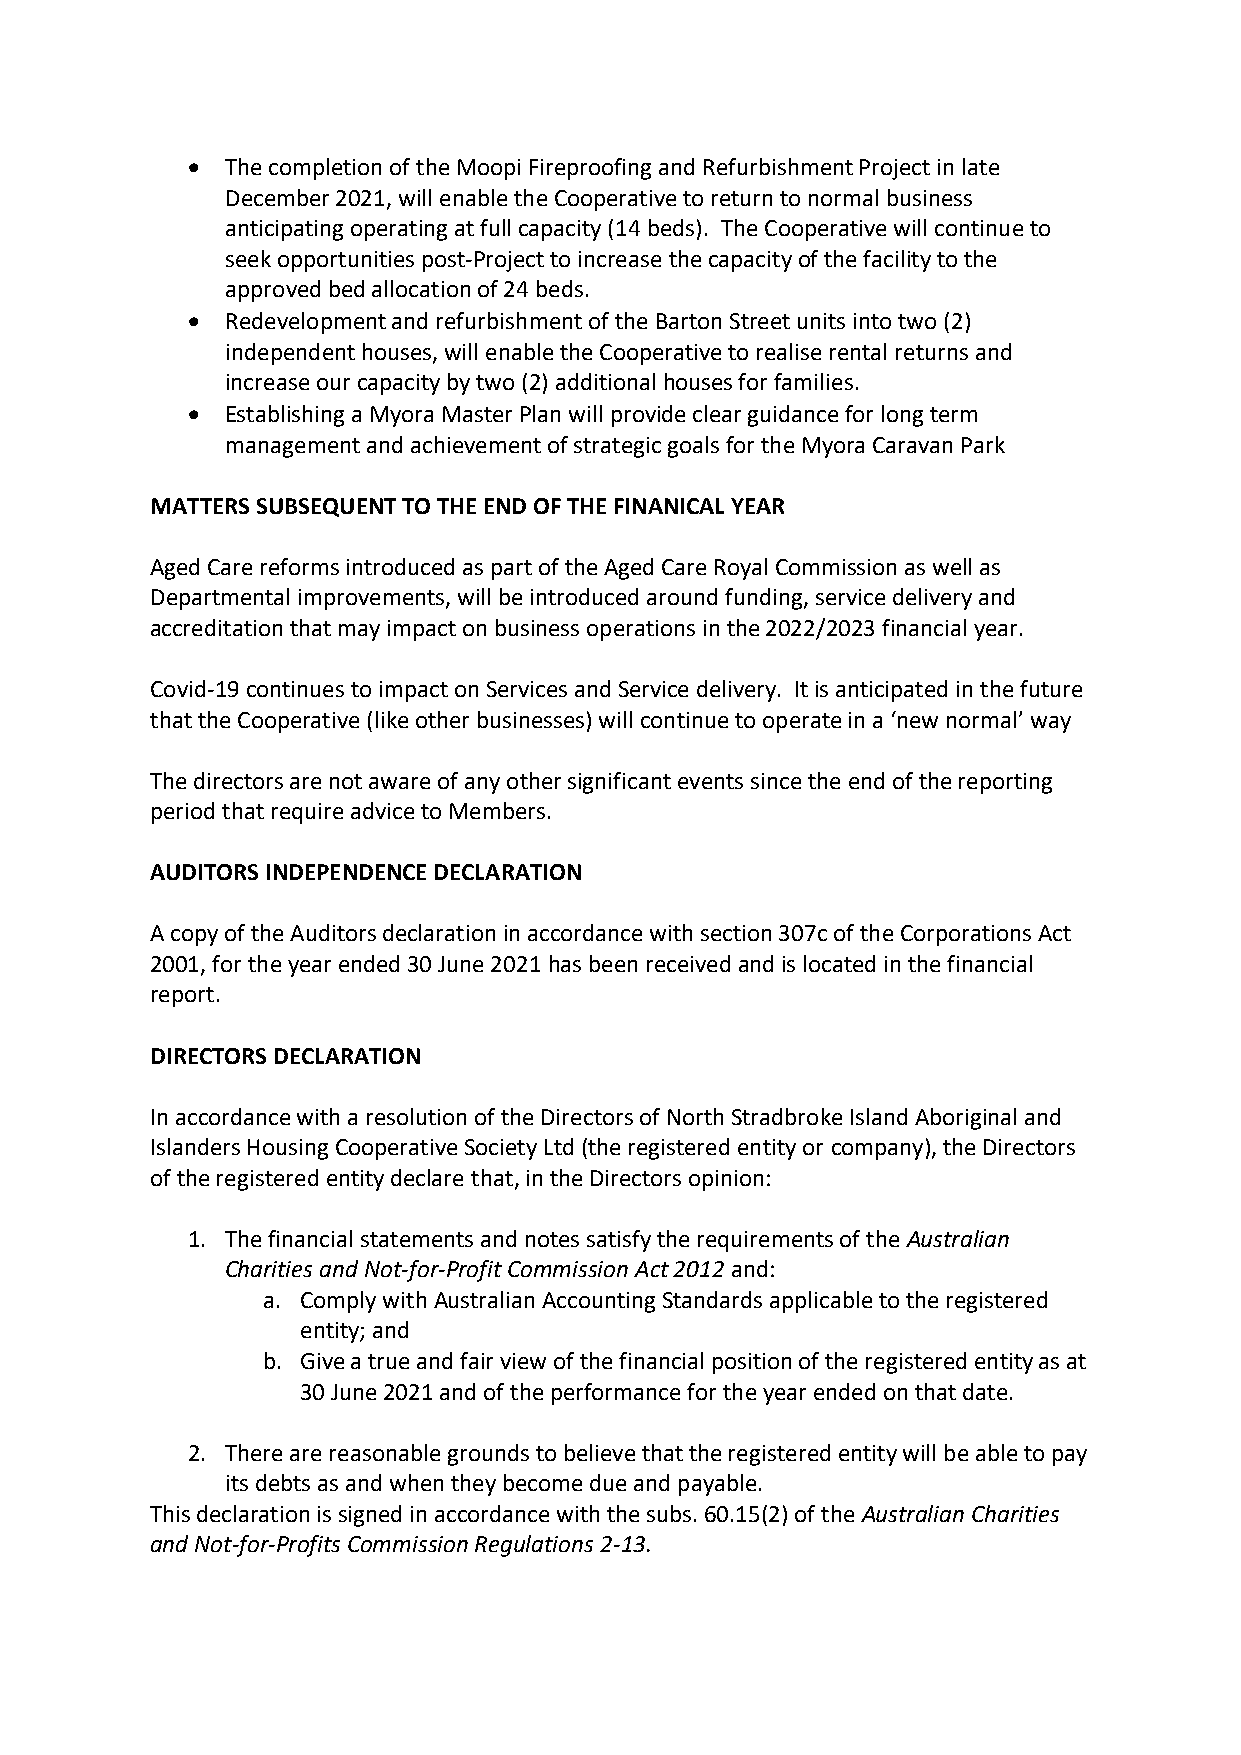
•  The completion of the Moopi Fireproofing and Refurbishment Project in late
 December 2021, will enable the Cooperative to return to normal business
 anticipating operating at full capacity (14 beds). The Cooperative will continue to
 seek opportunities post-Project to increase the capacity of the facility to the
 approved bed allocation of 24 beds.
 •  Redevelopment and refurbishment of the Barton Street units into two (2)
 independent houses, will enable the Cooperative to realise rental returns and
 increase our capacity by two (2) additional houses for families.
 •  Establishing a Myora Master Plan will provide clear guidance for long term
 management and achievement of strategic goals for the Myora Caravan Park
 MATTERS SUBSEQUENT TO THE END OF THE FINANICAL YEAR
 Aged Care reforms introduced as part of the Aged Care Royal Commission as well as
 Departmental improvements, will be introduced around funding, service delivery and
 accreditation that may impact on business operations in the 2022/2023 financial year.
 Covid-19 continues to impact on Services and Service delivery. It is anticipated in the future
 that the Cooperative (like other businesses) will continue to operate in a ‘new normal’ way
 The directors are not aware of any other significant events since the end of the reporting
 period that require advice to Members.
 AUDITORS INDEPENDENCE DECLARATION
 A copy of the Auditors declaration in accordance with section 307c of the Corporations Act
 2001, for the year ended 30 June 2021 has been received and is located in the financial
 report.
 DIRECTORS DECLARATION
 In accordance with a resolution of the Directors of North Stradbroke Island Aboriginal and
 Islanders Housing Cooperative Society Ltd (the registered entity or company), the Directors
 of the registered entity declare that, in the Directors opinion:
 1. The financial statements and notes satisfy the requirements of the Australian
 Charities and Not-for-Profit Commission Act 2012 and:
 a. Comply with Australian Accounting Standards applicable to the registered
 entity; and
 b. Give a true and fair view of the financial position of the registered entity as at
 30 June 2021 and of the performance for the year ended on that date.
 2. There are reasonable grounds to believe that the registered entity will be able to pay
 its debts as and when they become due and payable.
 This declaration is signed in accordance with the subs. 60.15(2) of the Australian Charities
 and Not-for-Profits Commission Regulations 2-13.